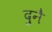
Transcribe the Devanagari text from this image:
दुनै